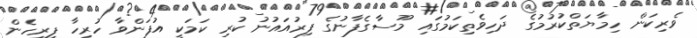
ވެރިކަން ހިމާޔަތްކުރުމުގެ ދަހިވެތިކަމުގައި މޫސާގެފާނުގެ ފިރުއައުނު ކުރި ކަމަކީ އުފަންވާ ހުރިހާ ފިރިހެން